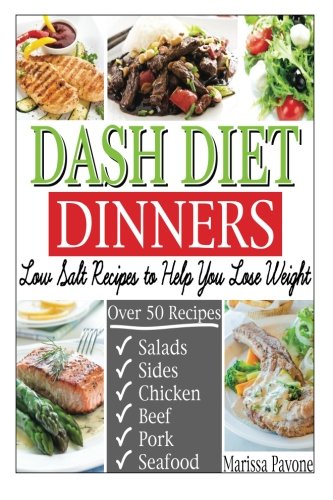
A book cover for DASH DIET DINNERS: Low Salt Recipes to Help You Lose Weight, Lower Blood Pressure, and Live Healthier; Marissa Pavone; Cookbooks, Food & Wine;